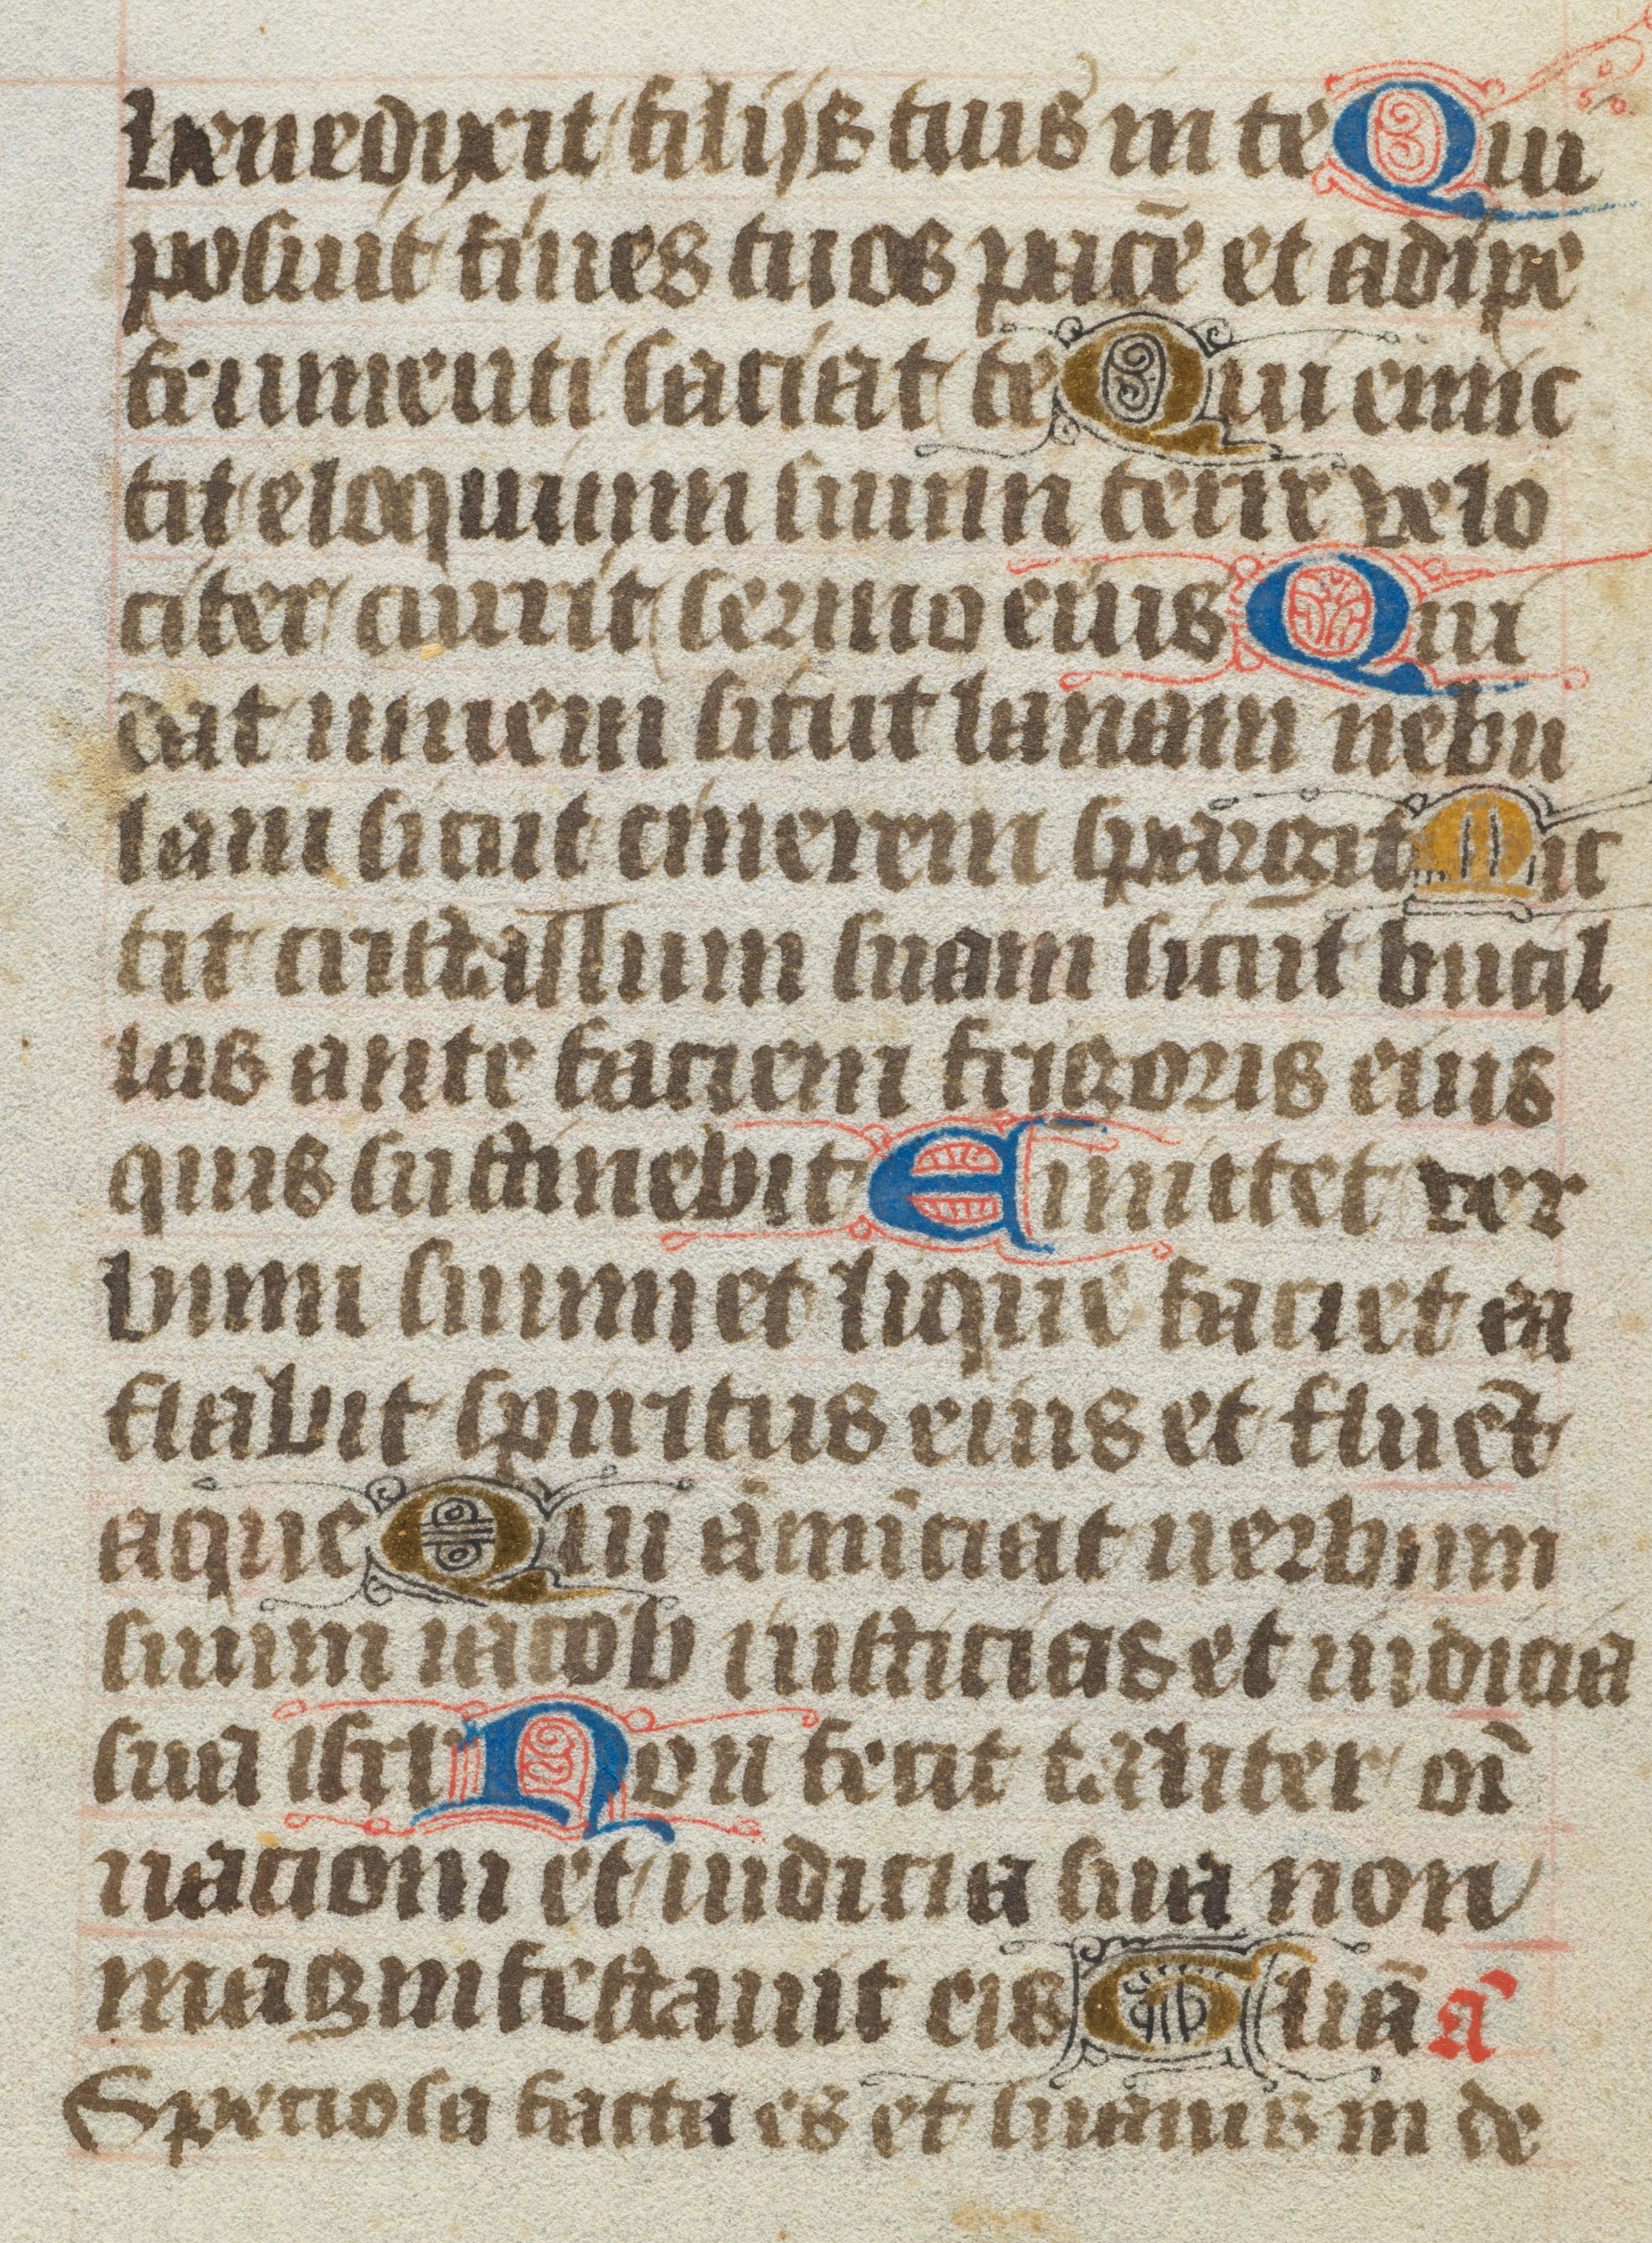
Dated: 1400–1499